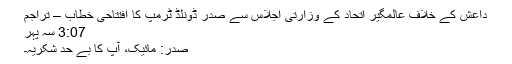
داعش کے خلاف عالمگیر اتحاد کے وزارتی اجلاس سے صدر ڈونلڈ ٹرمپ کا افتتاحی خطاب – تراجم
3:07 سہ پہر
صدر: مائیک، آپ کا بے حد شکریہ۔